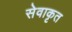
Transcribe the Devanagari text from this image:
सेवाकृत